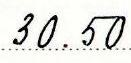
30.50